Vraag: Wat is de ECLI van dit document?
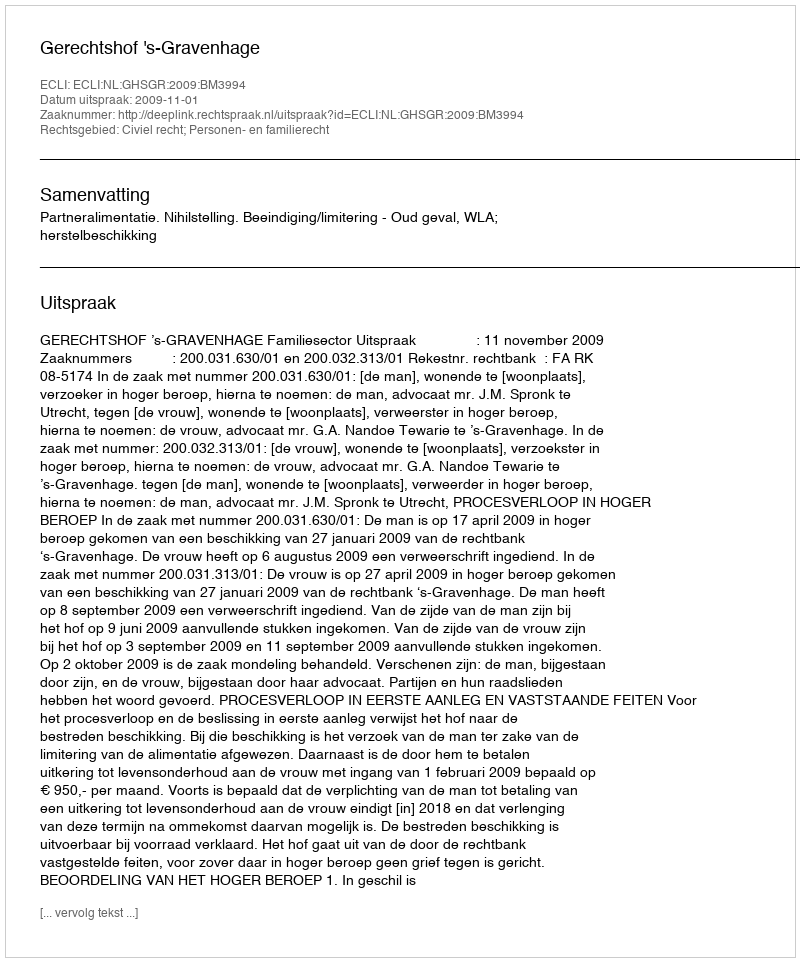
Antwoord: ECLI:NL:GHSGR:2009:BM3994